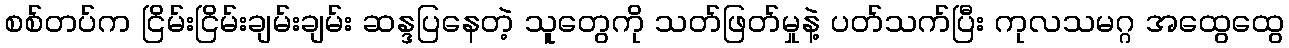
စစ်တပ်က ငြိမ်းငြိမ်းချမ်းချမ်း ဆန္ဒပြနေတဲ့ သူတွေကို သတ်ဖြတ်မှုနဲ့ ပတ်သက်ပြီး ကုလသမဂ္ဂ အထွေထွေ